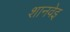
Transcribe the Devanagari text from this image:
शानवेइ